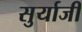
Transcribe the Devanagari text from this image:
सुर्याजी